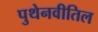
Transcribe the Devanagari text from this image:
पुथेनवीतिल